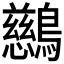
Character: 𪇔